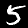
Label: 5